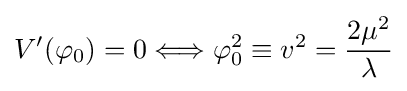
V'(\varphi _{0})=0\Longleftrightarrow \varphi _{0}^{2}\equiv v^{2}={\frac {2\mu ^{2}}{\lambda }}